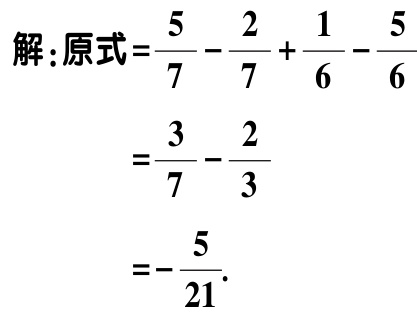
解：原式=$\frac{5}{7}-\frac{2}{7}+\frac{1}{6}-\frac{5}{6}$
=$\frac{3}{7}-\frac{2}{3}$
=$-\frac{5}{21}$.